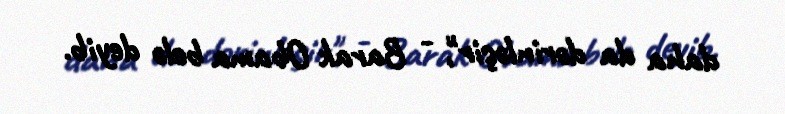
daha da dərinləşir", - Barak Obama belə deyib.